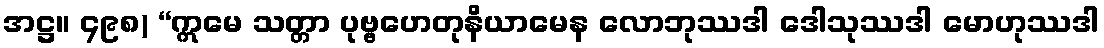
အဋ္ဌ။ ၄၉၈) “ဣမေ သတ္တာ ပုဗ္ဗဟေတုနိယာမေန လောဘုဿဒါ ဒေါသုဿဒါ မောဟုဿဒါ